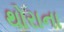
થોરાના